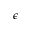
\epsilon